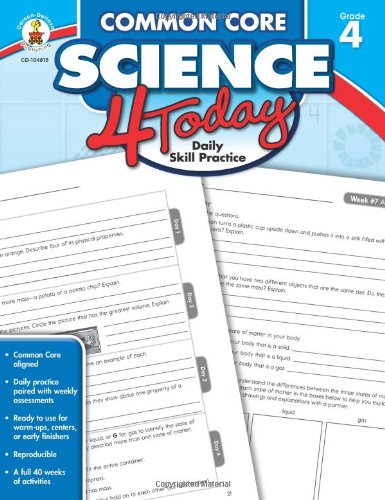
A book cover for Common Core Science 4 Today, Grade 4: Daily Skill Practice (Common Core 4 Today); Education & Teaching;